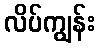
လိပ်ကျွန်း